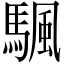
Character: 颿